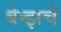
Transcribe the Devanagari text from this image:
बेन्झचे